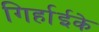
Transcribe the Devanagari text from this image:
गिर्हाईके